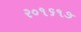
ર૦૧૬૧૭